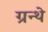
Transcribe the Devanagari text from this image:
ग्रन्थे